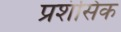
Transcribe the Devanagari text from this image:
प्रशंसिक